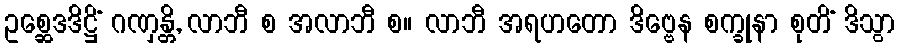
ဥစ္ဆေဒဒိဋ္ဌိံ ဂဏှန္တိ, လာဘီ စ အလာဘီ စ။ လာဘီ အရဟတော ဒိဗ္ဗေန စက္ခုနာ စုတိံ ဒိသွာ